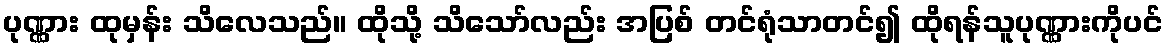
ပုဏ္ဏား ထုမှန်း သိလေသည်။ ထိုသို့ သိသော်လည်း အပြစ် တင်ရုံသာတင်၍ ထိုရန်သူပုဏ္ဏားကိုပင်